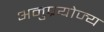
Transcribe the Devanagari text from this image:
अनुप्रयोज्य